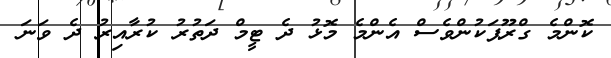
ކޮންމެ ގްރޫޕަކުންވެސް އެންމެ މޮޅު ދެ ޓީމް ދަތުރު ކުރާއިރު ދެ ވަނަ